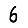
Digit: 6